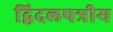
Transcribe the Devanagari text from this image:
द्विदलपत्रीय